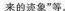
来的迹象”等。